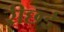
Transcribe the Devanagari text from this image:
रीछई